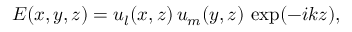
E ( x , y , z ) = u _ { l } ( x , z ) \, u _ { m } ( y , z ) \, \exp ( - i k z ) ,